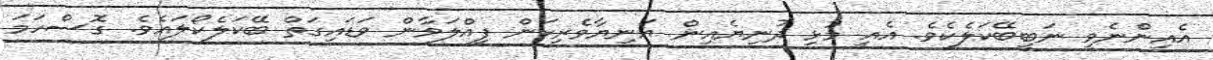
އެއިންނެވީ ނަބީބޭކަލެކެވެ. އެއީ މުޅި ދުނިޔެއިން އަނިޔާވެރިކަން ފިއްލަވާން ވަޑައިގަތް ބޭކަލެކޯލައެވެ. ގޮސްހަމަ